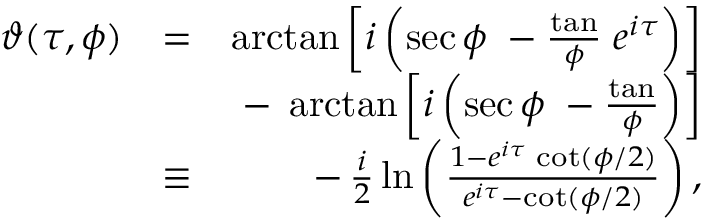
\begin{array} { r l r } { \vartheta ( \tau , \phi ) } & { = } & { \arctan \left[ i \left( \sec \phi \; - \frac \tan \phi \; e ^ { i \tau } \right) \right] } \\ & { } & { - \; \arctan \left[ i \left( \sec \phi \; - \frac \tan \phi \right) \right] } \\ & { \equiv } & { - \, \frac { i } { 2 } \ln \left( \frac { 1 - e ^ { i \tau } \, \cot ( \phi / 2 ) } { e ^ { i \tau } - \cot ( \phi / 2 ) } \right) , } \end{array}